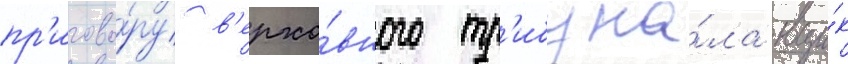
пр'игово́ру в'ерхо́вного тр'ибуна́ла вци́к